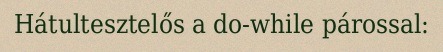
Hátultesztelős a do-while párossal: